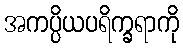
အကပ္ပိယပရိက္ခရာကို